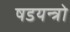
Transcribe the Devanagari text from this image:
षडयन्त्रो